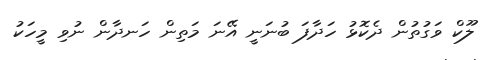
ލޫކް ވަގުތުން ދެކޮޅު ހަދާފަ ބުނަނީ އޭނަ މަތިން ހަނދާން ނުވި މީހަކު